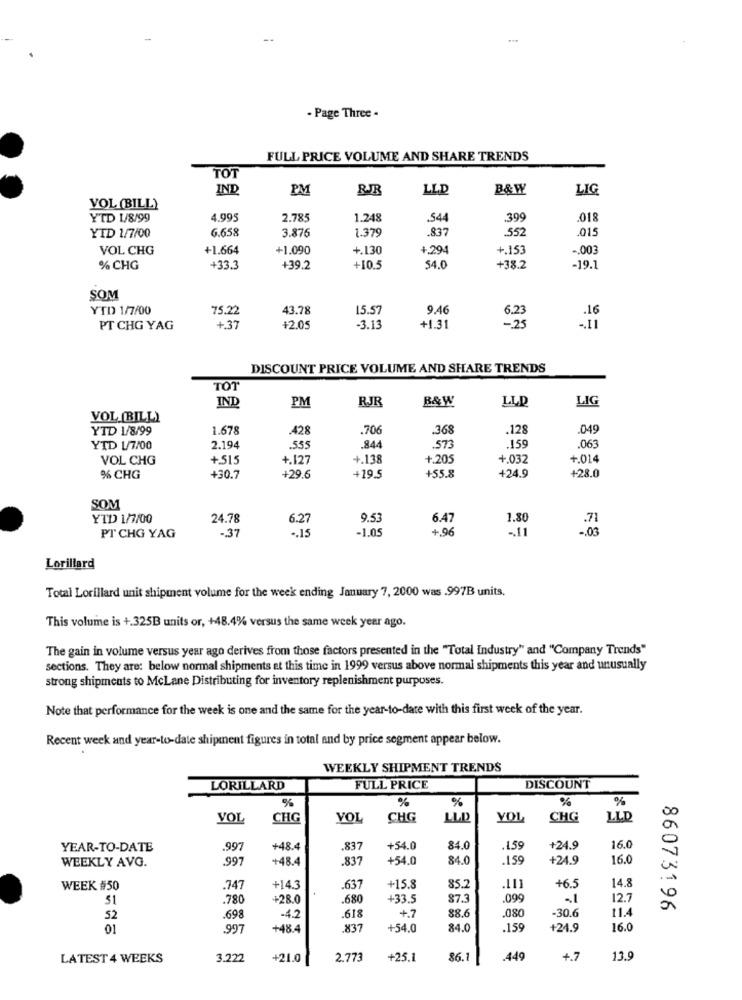
- Page Three -
FULL PRICE VOLUME AND SHARE TRENDS
TOT
IND
PM
LLD
B&W
LIG
VOL (BILL)
YTD 1/8/99
4.995
2.785
1.248
.544
.399
.018
6.658
3.876
1.379
.837
.552
.015
YID 1/7/00
VOL CHG
+1.664
+1.090
+.130
+.294
+.153
-. 003
% CHG
+33.3
+39.2
+10.5
54.0
+38.2
-19.1
SOM
YTD 1/7/00
75.22
43.78
15.57
9.46
6.23
PT CHG YAG
+.37
+2.05
-3.13
+1.31
0=
DISCOUNT PRICE VOLUME AND SHARE TRENDS
TOT
IND
PM
RJR
B&W
LLD
LIG
VOL.[BILL)
YTD 1/8/99
1.678
.428
.706
.368
.128
.049
YTD 1/7/00
2.194
.535
.84
.573
.159
.063
VOL CHG
+.515
+.127
+.138
+.205
+.032
+.014
% CHG
+30.7
+29.6
+19.5
+55.8
+24.9
+28.0
SOM
YTD 1/7/00
24.78
9.5
6.47
1.80
.. 15
5.27
-1.05
+.96
-. 11
PT CHG YAG
-. 37
Lorillard
Total Lorillard unit shipment volume for the week ending January 7, 2000 was .997B units.
This volume is +.325B units or, +48.4% versus the same week year ago.
The gain in volume versus year ago derives from those factors presented in the "Total Industry" and "Company Trends"
sections. They are: below normal shipments at this time in 1999 versus above normal shipments this year and unusually
strong shipments to McLane Distributing for inventory replenishment purposes.
Note that performance for the week is one and the same for the year-to-date with this first week of the year.
Recent week and year-to-date shipment figures in total and by price segment appear below.
WEEKLY SHIPMENT TRENDS
LORILLARD
FULL PRICE
DISCOUNT
%
%
%
%
%
VOL
CHG
VOL
CHG
LLD
YOL
CHG
LLD
YEAR-TO-DATE
.997
+48.4
.83
+54.0
84.0
.1,55
+24.9
16.0
WEEKLY AVG.
997
+48.4
.837
+54.0
84.0
.159
+24.9
16.0
14.8
WEEK #50
.747
+14.3
.637
+15.8
85.7
.111
+6.5
51
.780
+28.0
.680
+33.9
87.3
.099
12.7
88.6
11.4
86073196
52
.698
-4.2
.618
+.7
.080
-30.6
01
997
+48.4
837
+54.0
84.0
.159
+24.9
16.0
LATEST 4 WEEKS
3.222
+21.0
2.773
+25.1
86.1
.449
+.7
13.9